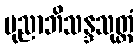
ပုညာဘိသန္ဒသုတ္တံ